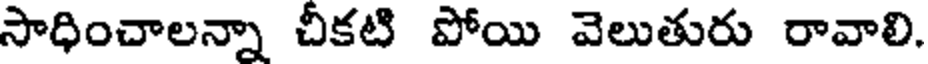
సాధించాలన్నా చీకటి పోయి వెలుతురు రావాలి.